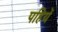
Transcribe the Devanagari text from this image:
पहियें